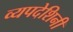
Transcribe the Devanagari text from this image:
व्यपदेशिनी